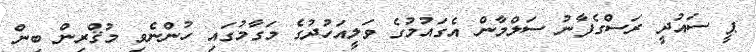
ޕީ ސައުދީ ރަސްގެފާނު ސަލްމާން އެގައުމުގެ ވަލީއަހުދުގެ މަގާމުގައި ހުންނެވި މުޤްރިން ބިން